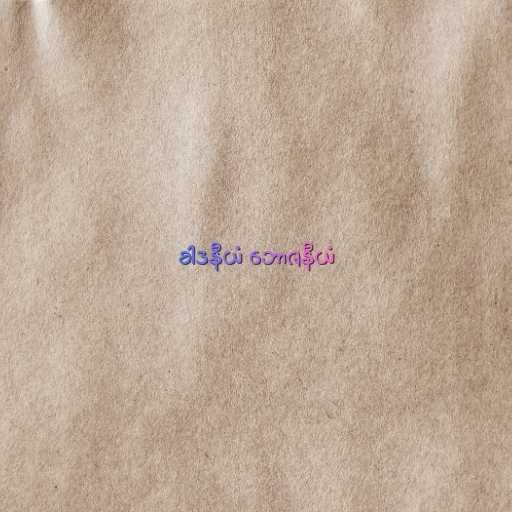
ခါဒနီယံ ဘောဇနီယံ